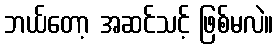
ဘယ်တော့ အဆင်သင့် ဖြစ်မလဲ။